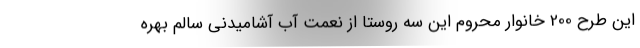
این طرح 200 خانوار محروم این سه روستا از نعمت آب آشامیدنی سالم بهره